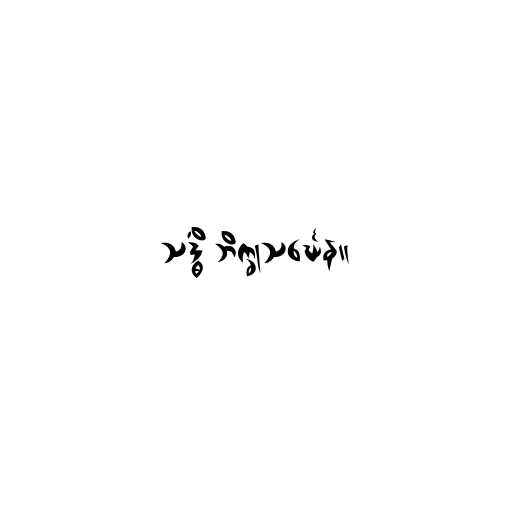
သဒ္ဓိံ ဘိက္ခုသင်္ဃေန။